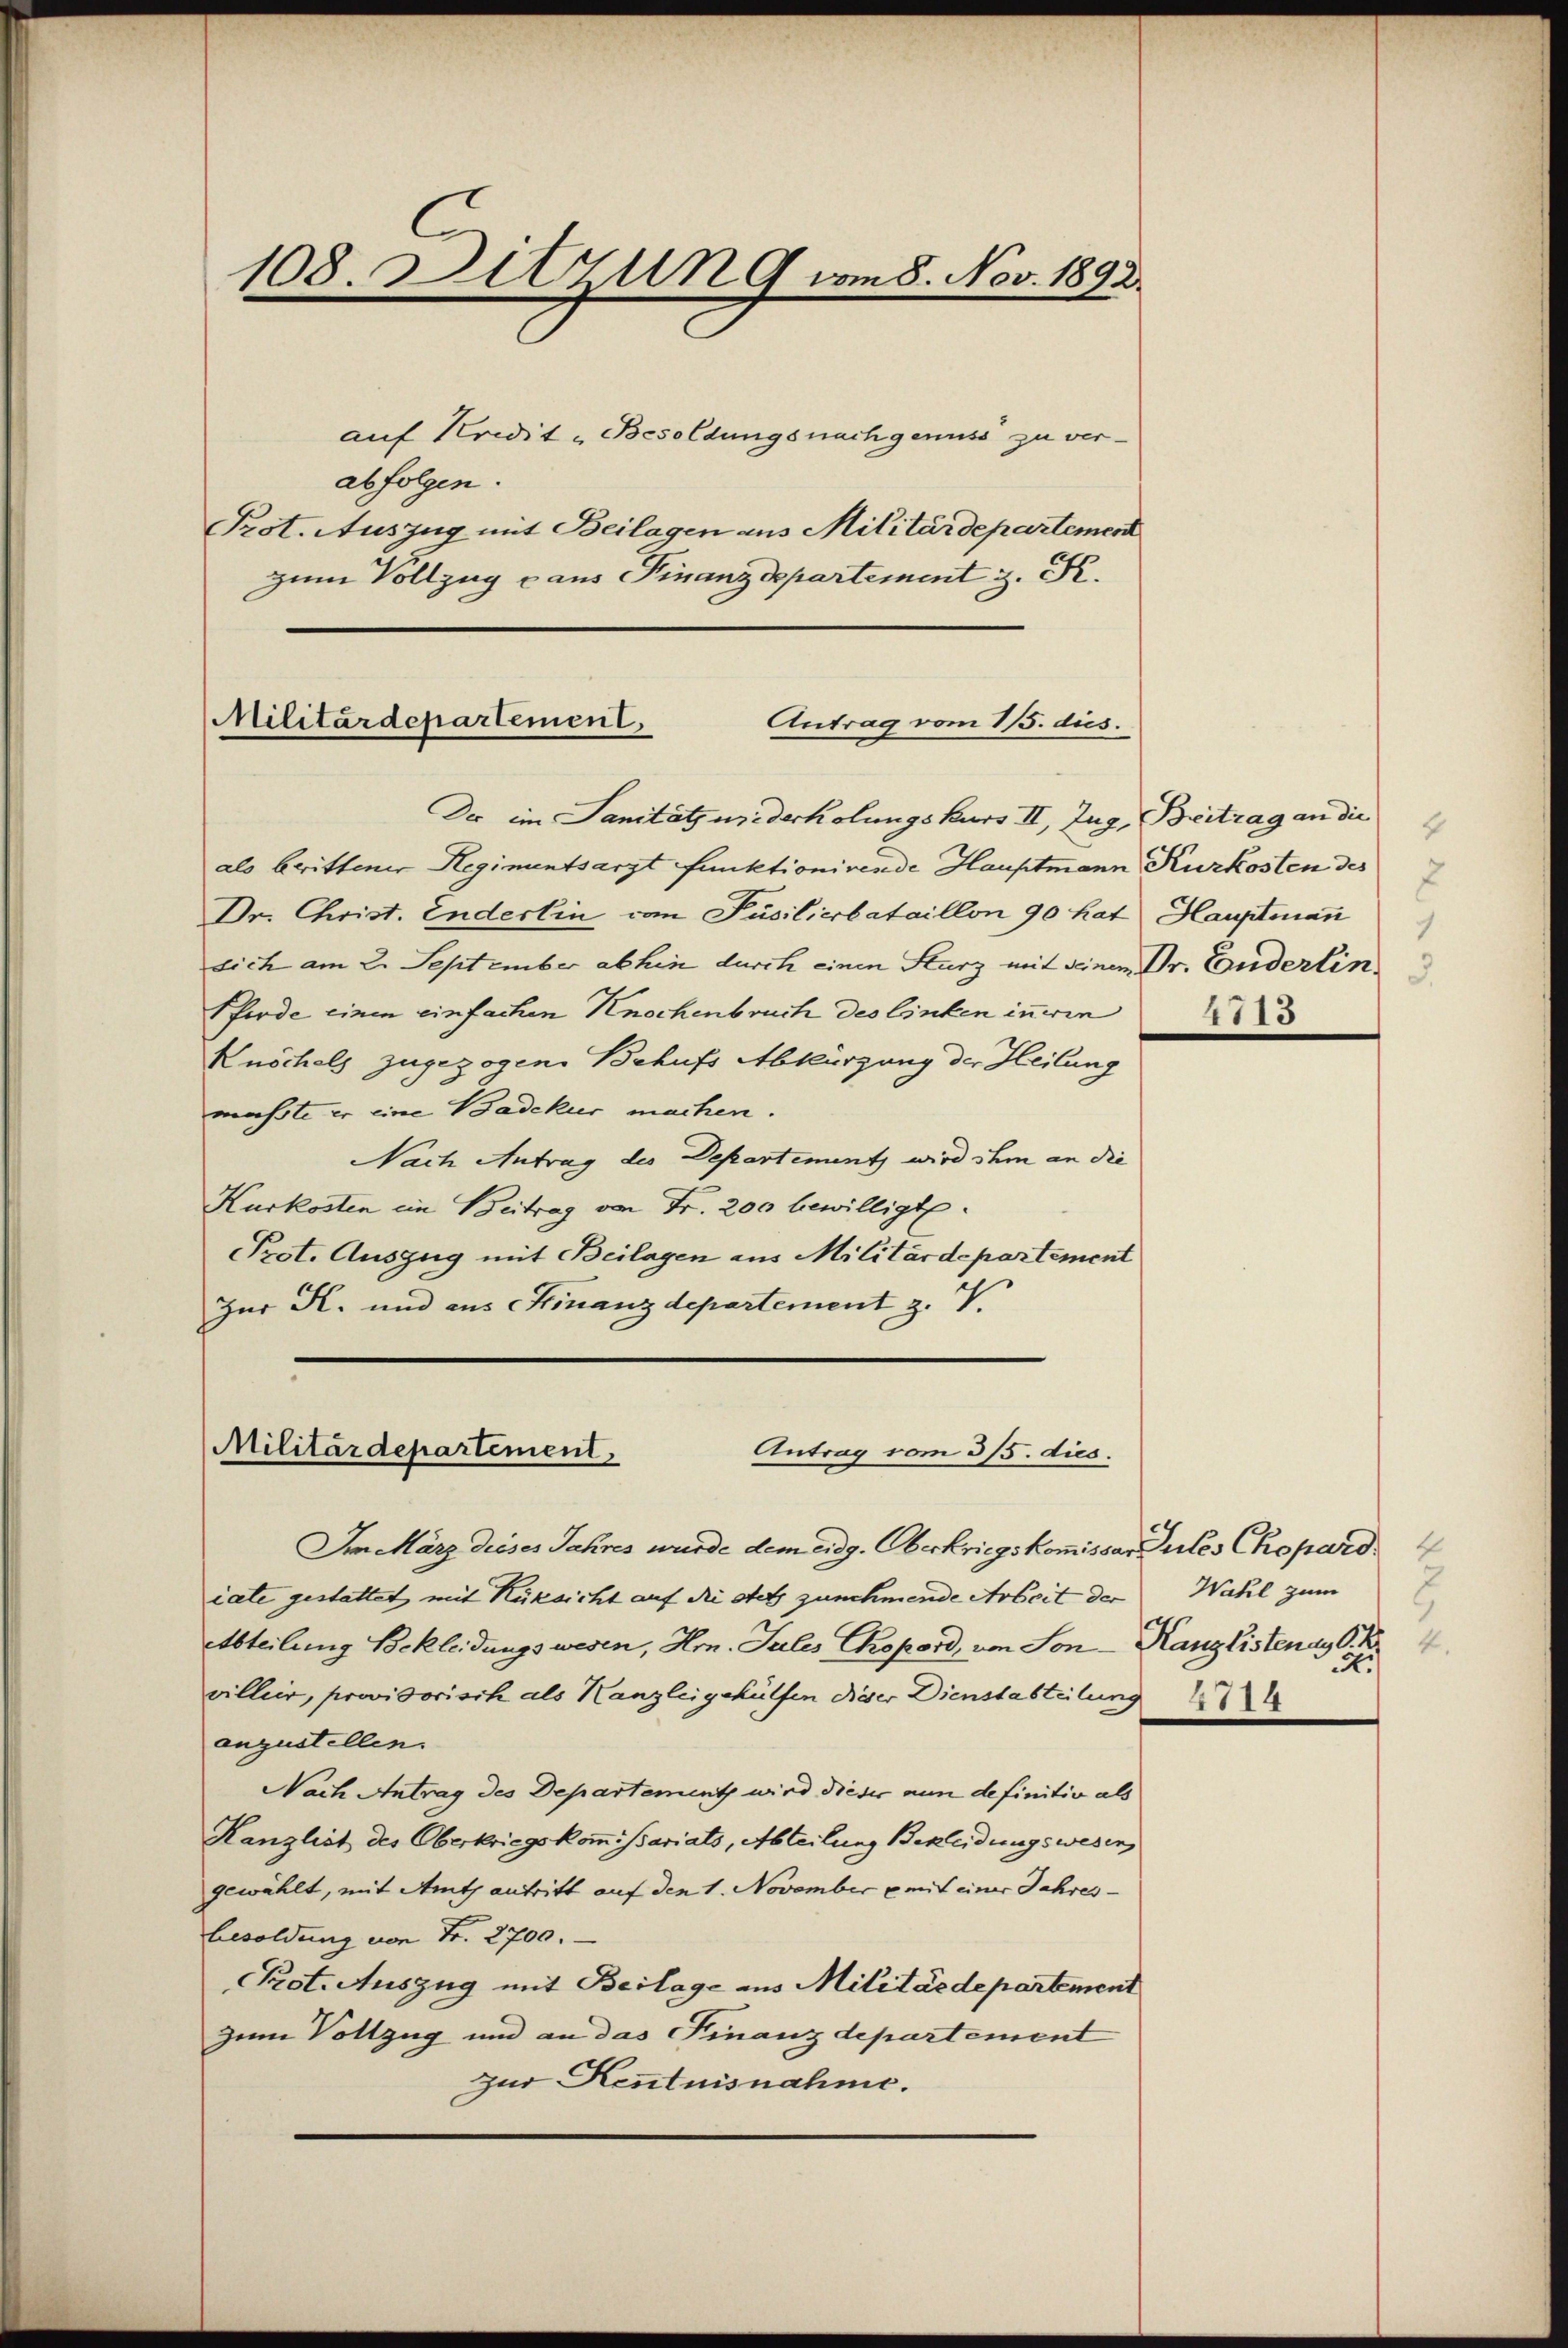
108. Dittung vom 8. Nov. 1892.

auf Kredit „Besoldungsnachgenuss zu verabfolgen.
Prot. Auszug mit Beilagen aus Militärdepartement
zum Vollzug aus Finanzdepartement z. R.

Militärdepartement.
Antrag vom 15. dies.

Der im Sanität wederholungskurs II, Zug, Breitrag an die
als brittener Hegimentsarzt funktionirende Hauptmann Kurkosten des
Dr. Christ. Enderlin von Pusilierbataillon 90 hat Hauptmann
sich am 2. September abhin durch einen Sturz mit seinem Dr. Enderlin
Pferde einen einfachen Knochenbruch des linken inneren
Kuschels zugezogene Behufs Abkürzung der Heilung
maßte er eine Badekur machen.
Nach Antrag des Departementz wird ihm an die
Kurkosten ein Beitrag von Fr. 200 bewilligt.
Prot. Auszug mit Beilagen aus Militärdepartement
Zur K. und aus Finanzdepartement z. V.

Militärdepartement
Antrag vom 315. dies

Im März dieses Jahres wurde dem eidg. Oberkriegskommissar Gutes Chopard
iate gestattet mit Rüksicht auf die stets zunehmende Arbeit der
Abteilung Sockleidungswesen, Hrn. Sules Chopord, von Son-Kanzlistenay S.
viller, provisorisch als Kanzleigehülfen dieser Dienstabteilung
augustellen.
Nach Antrag des Departement wird dieser nun definitiv als
Kanzlist des Oberkriegskommissariats, Abteilung Bekleidungswesen,
gewählt, mit Amts antritt auf den 1. November mit einer Jahres-
besoldung von Fr. 2700.
Prot. Auszug mit Beilage aus Militärdepartement
Zum Vollzug und an das Finanzdepartement
zur Kentnisnahme.

4
1115

Wahl zum
4.
.